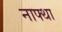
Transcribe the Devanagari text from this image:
नाफ्था